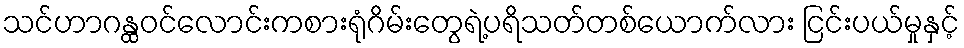
သင်ဟာဂန္ထဝင်လောင်းကစားရုံဂိမ်းတွေရဲ့ပရိသတ်တစ်ယောက်လား ငြင်းပယ်မှုနှင့်